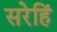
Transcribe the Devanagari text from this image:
सरेहिं